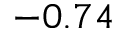
- 0 . 7 4